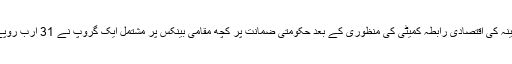
ذرائع کے مطابق کا بینہ کی اقتصادی رابطہ کمیٹی کی منظوری کے بعد حکومتی ضمانت پر کچھ مقامی بینکس پر مشتمل ایک گروپ نے 31 ارب روپے قرض فراہم کیا ہے۔